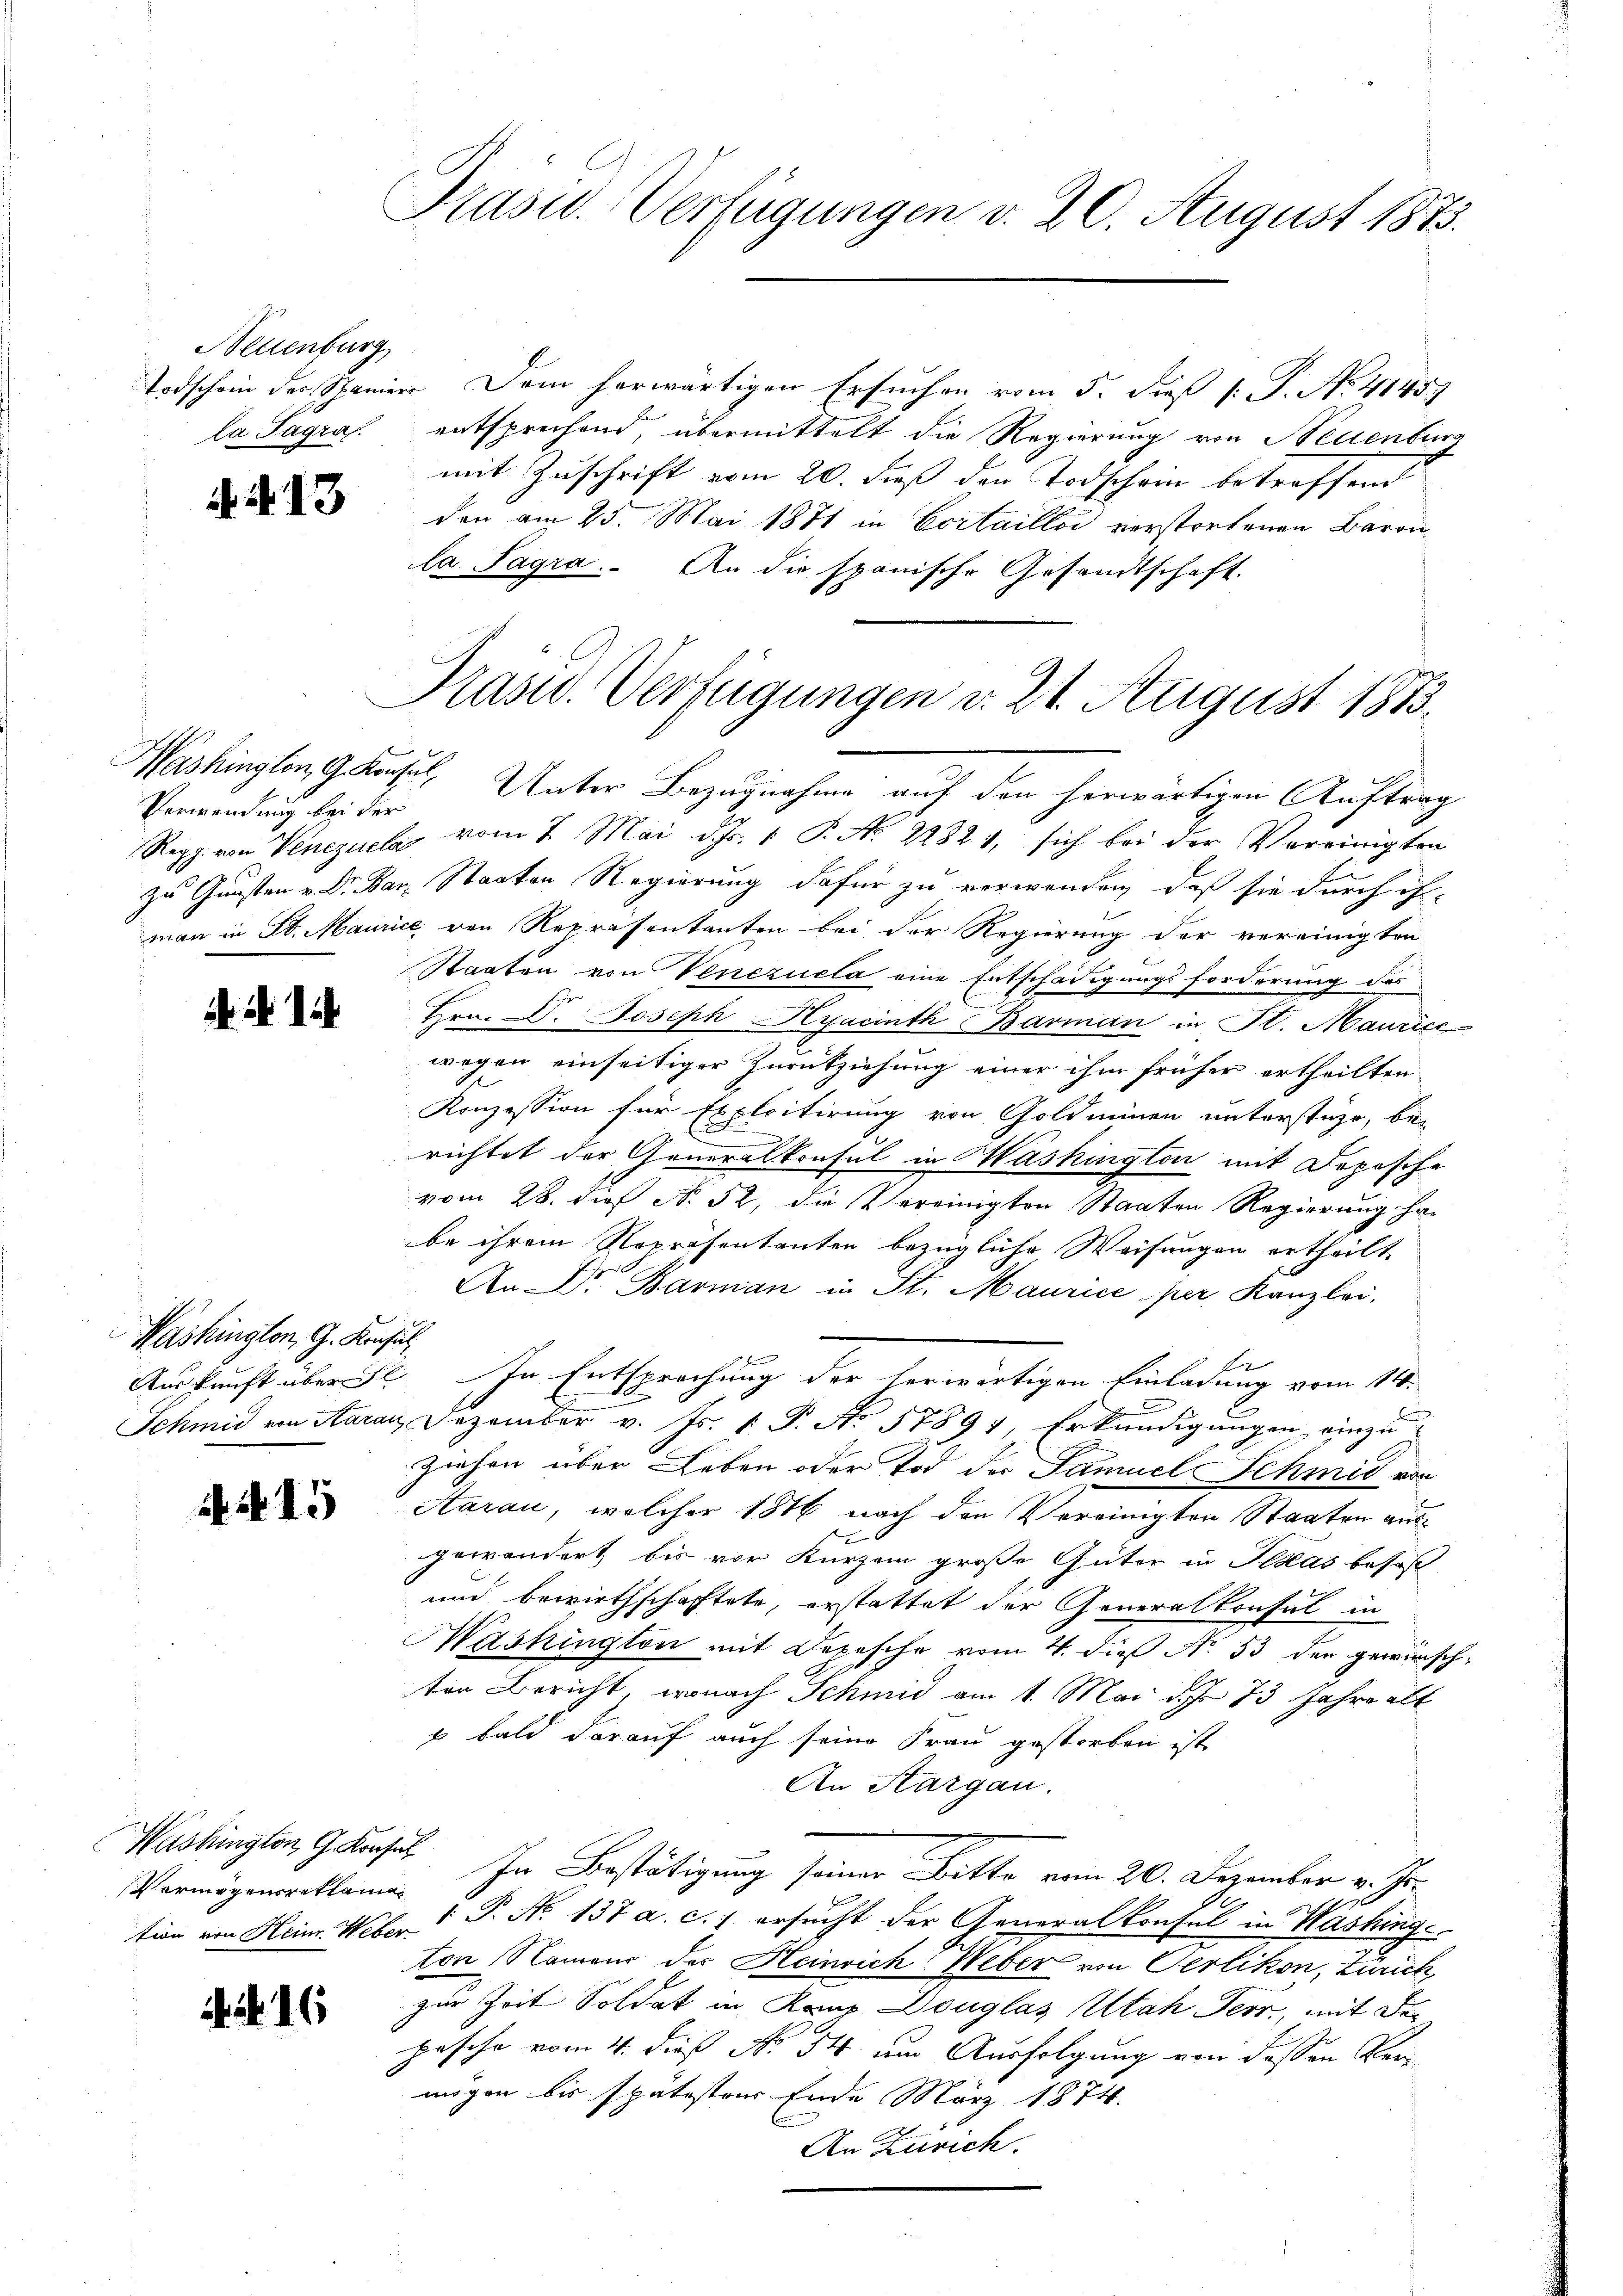
Neuenburg
la Tagra

N. N. 13

Verwendung bei der

A n 1.

Washington, G. Konsul

15

Vermögensreklama

. N. 16

Prasud-Verfügungen d. 20. August 1873.

Washington, G. Konsul, Unter Bezugnahme auf den herwärtigen Auftrag
Regg. von Venezuele vom 7. Mai d. Js. 1 P. No. 22821, sich bei der Vereinigten
zu Gunsten u. Dr. Bar. Staaten Regierung dafür zu verwenden, daß sie durch ih
man in St. Maurice von Repräsentanten bei der Regierung der vereinigten
Staaten von Venezuela eine Entschädigungsforderung des
Hrn. Dr. Joseph Hyacinth Barman in St. Maurice
wegen einseitiger Zurückziehung einer ihm früher ertheilten
Konzession für Explcitirung von Goldmünen unterstüzt, be-
2
richtet der Generalkonsul in Mashington mit Dopische
vom 28. dieß N. 52, die Vereinigten Staaten Regierung habe ihrem Repräsentanten bezügliche Weisungen ertheilt.
An Dr. Barman in St. Maurice per Kanzlei.
1 f
1
Auskunft über 5. In Entsprechung der herwärtigen Einladung vom 14.
Schmid von Aarau Dezember v. Js. 1 P. No 57894, Erkundigungen einzu¬
Ziehen über Leben oder Tod der Samuel Schmid von
Aarau, welcher 1816 nach den Vereinigten Staaten ausgewändert bis vor Kurzem große Güter in Ilkas besas
und bewirthschaftete, erstattet der Generalkonsul in
Mashington mit Depesche vom 4. die No. 53 der gewünsche
ter Bericht, wonach Schmid am 1. Mai d. J. 73 Jahre abt
 bald darauf auch seine Frau gestorben ist
An Aargau.
Washington Ges. In Bestätigung seiner Bitte vom 20. Dezember v. Js.
tion von Heinr. Weber " P. Nr. 137 a. c. 1 ersucht der Generalkonsul in Washinge
ton Namens der Heinrich Weber von Oerlikon, Zürich,
zur Zeit Soldat in Rang Douglas Utah Terr, mit de
pasche vom 4. dieß No. 34. um Ausfolgung von dessen Vermögen bis spätestrer Ende März 1874.
An Zürich.

Pras. Verfügungen d. 21. August 1873.

Todschein der Spaniere Dem herwärtigen Ersuchen vom 5. dieß P. No. 41459
entsprechend, übermittelt die Regierung von Neuenburg
mit Zuschrift vom 20. dieß den Todschein betreffend
den am 25. Mai 1871 in Cortaillos verstorbenen Baron
la Sagra. An die spanische Gesandtschaft.